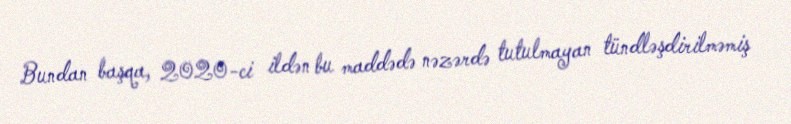
Bundan başqa, 2020-ci ildən bu maddədə nəzərdə tutulmayan tündləşdirilməmiş